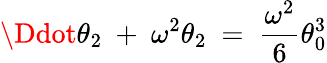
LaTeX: \Ddot{\theta}_{2}\ +\ \omega^{2}\theta_{2}\ =\ \frac{\omega^{2}}{6}\theta_{0}^{3}